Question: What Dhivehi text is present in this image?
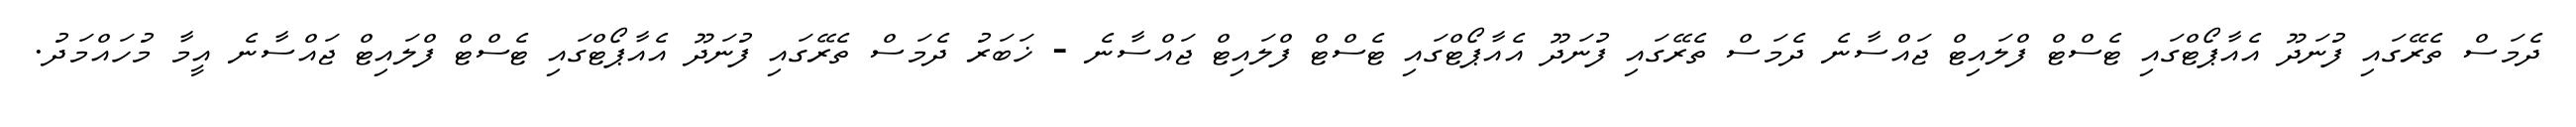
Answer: ދެމަސް ތެރޭގައި ފުނަދޫ އެއާޕޯޓްގައި ޓެސްޓް ފްލައިޓް ޖައްސާނެ ދެމަސް ތެރޭގައި ފުނަދޫ އެއާޕޯޓްގައި ޓެސްޓް ފްލައިޓް ޖައްސާނެ - ޚަބަރު ދެމަސް ތެރޭގައި ފުނަދޫ އެއާޕޯޓްގައި ޓެސްޓް ފްލައިޓް ޖައްސާނެ އީމާ މުހައްމަދު.